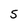
Character: S